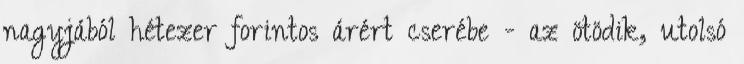
nagyjából hétezer forintos árért cserébe - az ötödik, utolsó